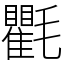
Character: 氍